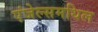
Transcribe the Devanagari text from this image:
एंजेल्समधिल